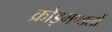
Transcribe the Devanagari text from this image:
क्रोड़मण्डलों